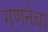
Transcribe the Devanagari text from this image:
गणनेचा